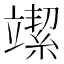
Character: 𥪲